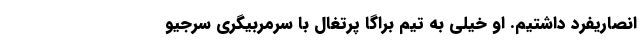
انصاریفرد داشتیم. او خیلی به تیم براگا پرتغال با سرمربیگری سرجیو